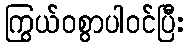
ကြွယ်ဝစွာပါဝင်ပြီး